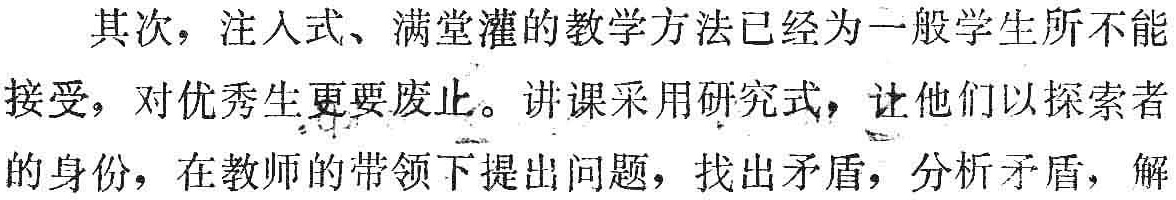
其次，注入式、满堂灌的教学方法已经为一般学生所不能
接受，对优秀生更要废止。讲课采用研究式，让他们以探索者
的身份，在教师的带领下提出问题，找出矛盾，分析矛盾，解